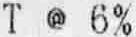
T @ 6%